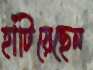
হাঁটিয়েছেন